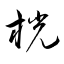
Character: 桄